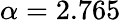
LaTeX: \alpha=2.765